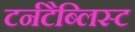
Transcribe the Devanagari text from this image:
टर्नटैब्लिस्ट